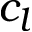
c _ { l }